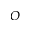
O